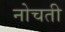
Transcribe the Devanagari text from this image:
नोचती